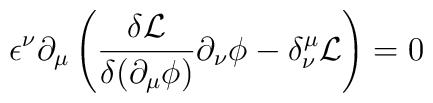
\epsilon^{\nu}\partial_{\mu}\left(\frac{\delta\mathcal{L}}{\delta(\partial_{\mu}\phi)}\partial_{\nu}\phi - \delta^{\mu}_{\nu}\mathcal{L}\right)=0